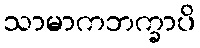
သာမာကဘက္ခာပိ